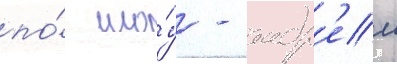
по́ шо́у - андр'еи